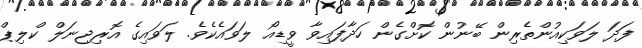
ފަދަ ލަވަކިއުންތެރިން ބޭނުން ކޮށްގެން ހަދާފައިވާ ވީޑިއޯ ލަވައެކެވެ. ލަވައިގެ އޮރިޖިނަލް ކްލިޕް